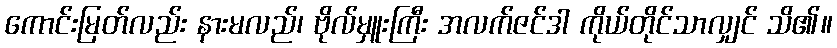
ကောင်းမြတ်လည်း နားမလည်၊ ဗိုလ်မှူးကြီး အလက်ဇင်ဒါ ကိုယ်တိုင်သာလျှင် သိ၏။